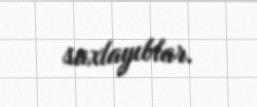
saxlayıblar.